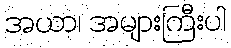
အယာ၊ အများကြီးပါ